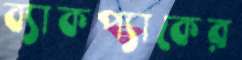
ব্যাকপ্যাকের